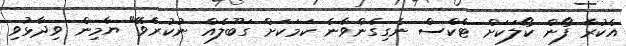
އެކުރާ ފޯން ކޯލަކަށް ޓެކްސް ނެގިގެންވާނެ ކަމަކަށް ގަބޫލެއް ނުކުރެވޭ" ޔާމިން ވިދާޅުވި